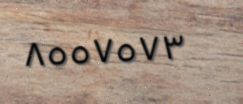
٨٥٥٧٥٧٣